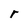
Character: r